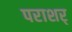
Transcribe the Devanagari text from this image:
पराशर्